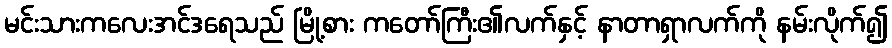
မင်းသားကလေးအင်ဒရေသည် မြို့စား ကတော်ကြီး၏လက်နှင့် နာတာရှာလက်ကို နမ်းလိုက်၍